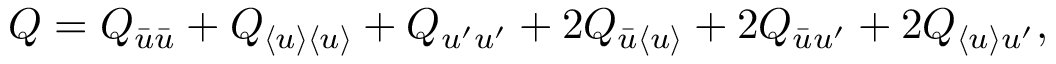
Q = Q _ { \bar { u } \bar { u } } + Q _ { \langle { u } \rangle \langle { u } \rangle } + Q _ { u ^ { \prime } u ^ { \prime } } + 2 Q _ { \bar { u } \langle { u } \rangle } + 2 Q _ { \bar { u } u ^ { \prime } } + 2 Q _ { \langle { u } \rangle u ^ { \prime } } ,